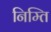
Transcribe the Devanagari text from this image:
निम्ति